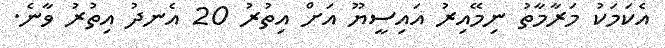
އެކަމަކު މަރާމާތު ނިމޭއިރު އައިސީޔޫ އަށް އިތުރު 20 އެނދު އިތުރު ވާނެ.